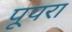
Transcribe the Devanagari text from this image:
पूपरा